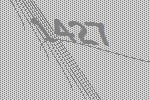
1427